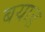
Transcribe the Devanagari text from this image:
बयाड